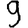
Digit: 9